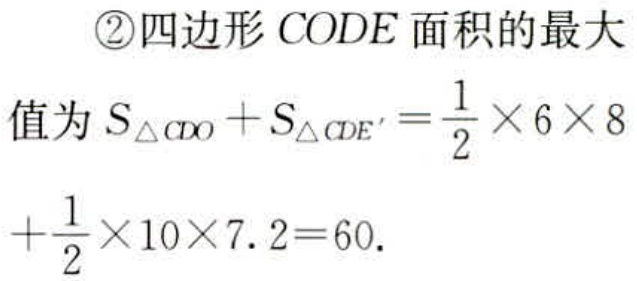
\textcircled{2}四边形 \(CODE\) 面积的最大值为 \(S_{\triangle CDO}+S_{\triangle CDE'}=\frac{1}{2}\times 6\times 8+\frac{1}{2}\times 10\times 7.2 = 60\).